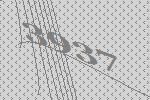
3937